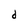
Character: d